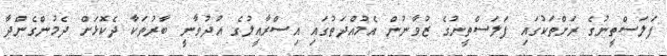
ފަލަސްތީނުގެ ރަށްތަކުގައި ފަލަސްތީނުގެ ޒުވާނުން އެމުއްދަތުގައި އިސްރާއީލުގެ އުދުވާނީ ބާރުތަކާ ދެކޮޅަށް ދެމުންގެންދާ